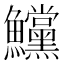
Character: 𩽳